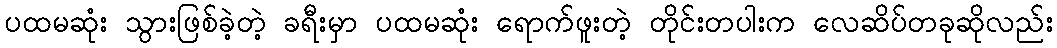
ပထမဆုံး သွားဖြစ်ခဲ့တဲ့ ခရီးမှာ ပထမဆုံး ရောက်ဖူးတဲ့ တိုင်းတပါးက လေဆိပ်တခုဆိုလည်း